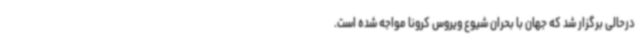
درحالی برگزار شد که جهان با بحران شیوع ویروس کرونا مواجه شده است.